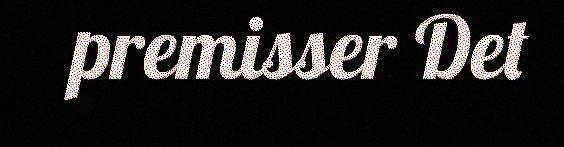
premisser Det